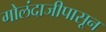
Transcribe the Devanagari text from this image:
गोलंदाजीपासून